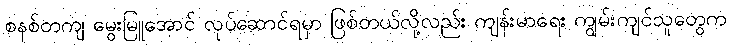
စနစ်တကျ မွေးမြူအောင် လုပ်ဆောင်ရမှာ ဖြစ်တယ်လို့လည်း ကျန်းမာရေး ကျွမ်းကျင်သူတွေက